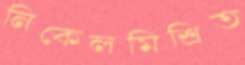
নিকেলমিশ্রিত